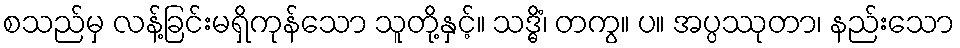
စသည်မှ လန့်ခြင်းမရှိကုန်သော သူတို့နှင့်။ သဒ္ဓိံ၊ တကွ။ ပ။ အပ္ပဿုတာ၊ နည်းသော